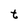
Character: t